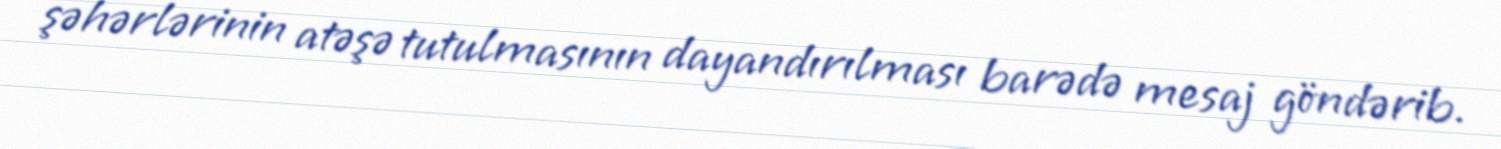
şəhərlərinin atəşə tutulmasının dayandırılması barədə mesaj göndərib.